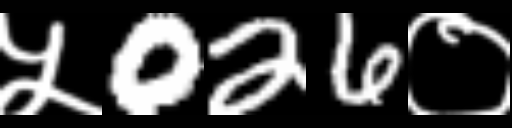
Text: ५026०